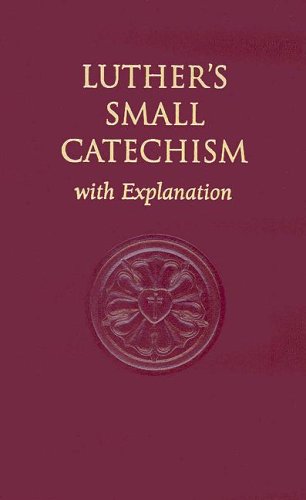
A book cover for Luther's Small Catechism, with Explanation; Martin Luther; Christian Books & Bibles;